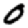
Digit: 0